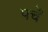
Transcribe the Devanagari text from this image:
पर्चें